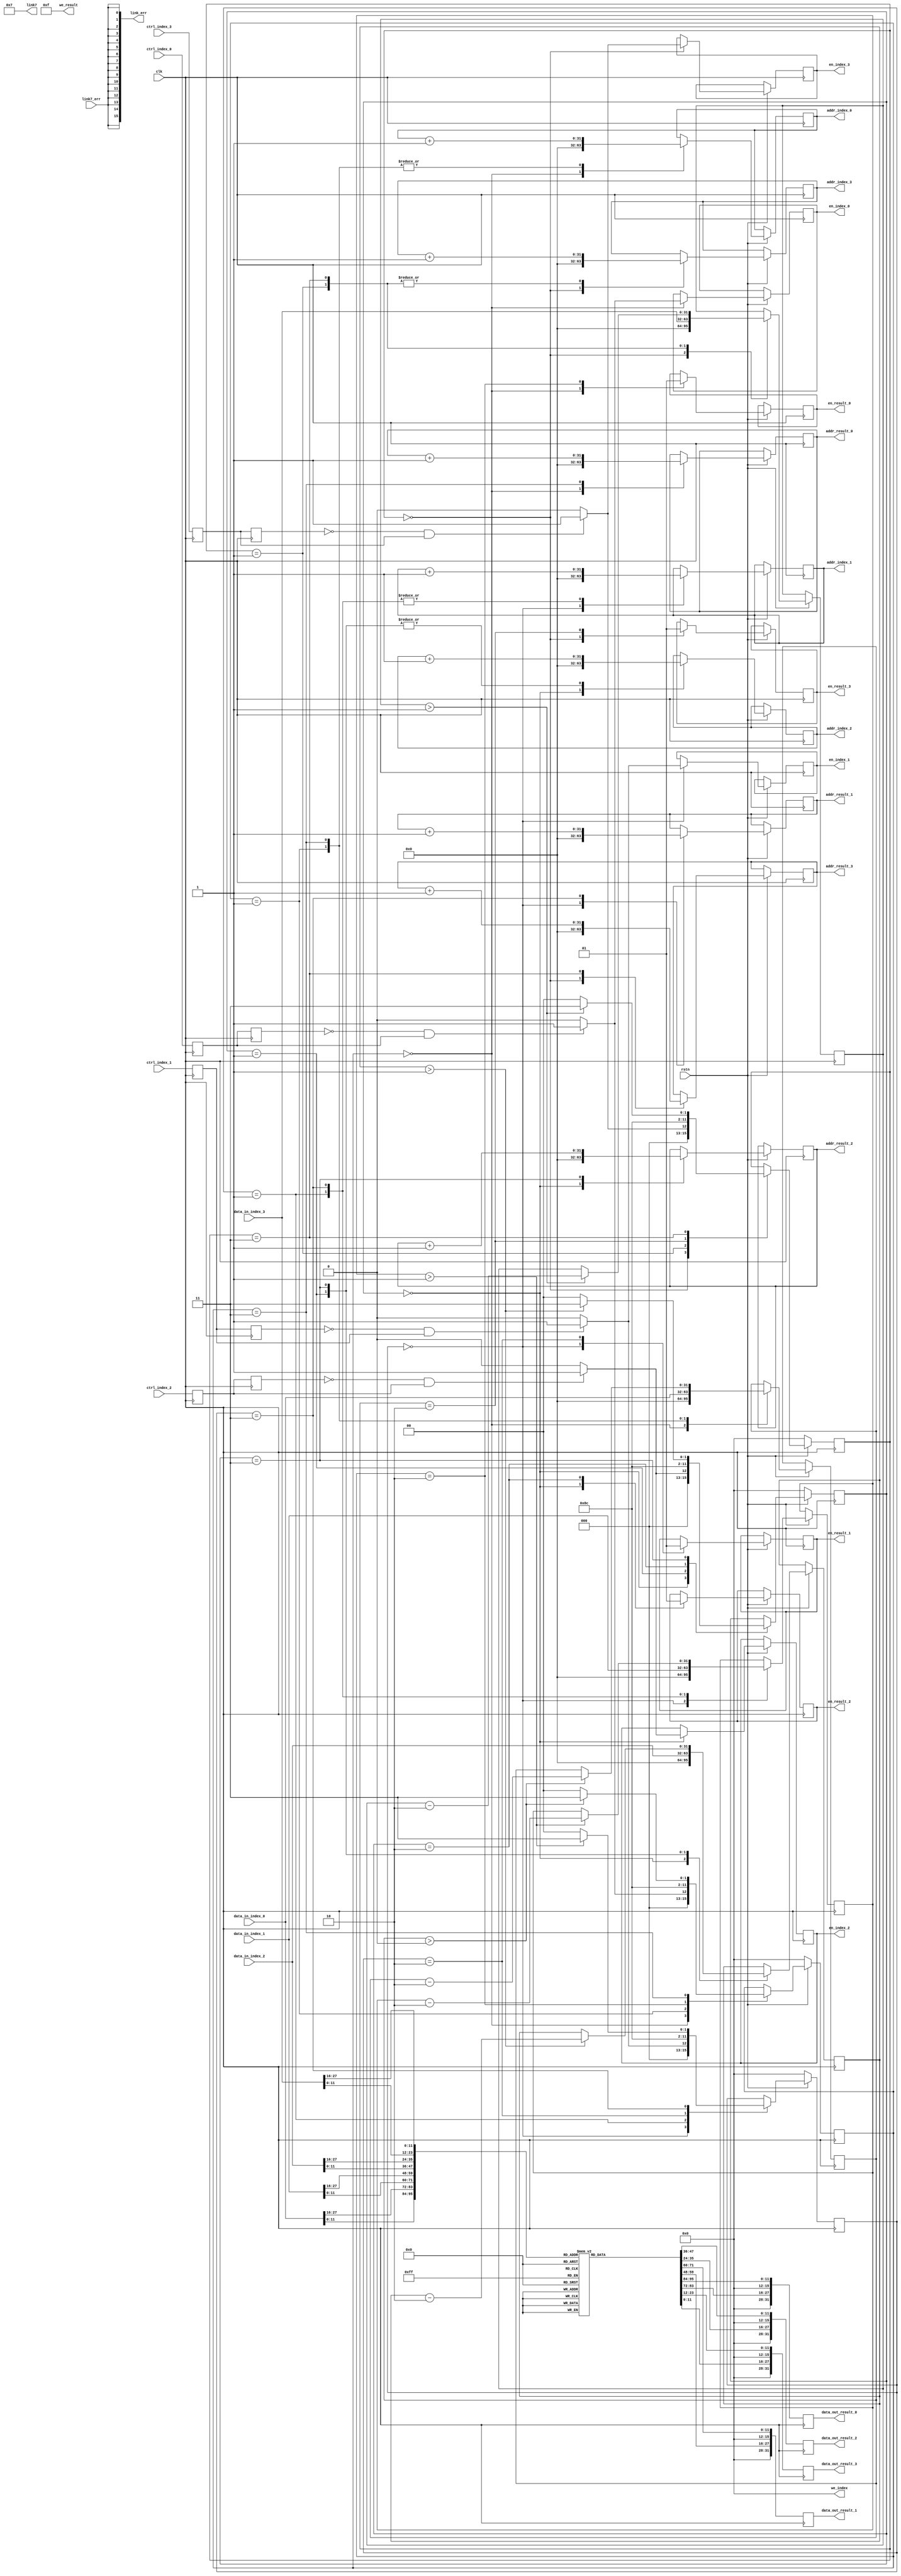
`timescale 1ns / 1ps
//////////////////////////////////////////////////////////////////////////////////
// Company: 
// Engineer: 
// 
// Design Name: 
// Module Name: total_link_ctrl
// Project Name: 
// Target Devices: 
// Tool Versions: 
// Description: 
// 
// Dependencies: 
// 
// Revision:
// Revision 0.01 - File Created
// Additional Comments:
// 
//////////////////////////////////////////////////////////////////////////////////


module total_link_ctrl(
    input clk, rstn,
    
    
    input        link7_err,
//    input [4:0]  link7_channel,
//    input [95:0] link7_data,
    output [3:0] link7,
    
    output [15:0] link_err,
    
    
    input ctrl_index_0, ctrl_index_1, ctrl_index_2, ctrl_index_3,    
 
     
    output [3:0] we_index, we_result,
          
    input [31:0] data_in_index_0,
    output reg en_index_0, 
    output reg [31:0] addr_index_0,
    
    input [31:0] data_in_index_1,
    output reg en_index_1, 
    output reg [31:0] addr_index_1,
    
    input [31:0] data_in_index_2,
    output reg en_index_2, 
    output reg [31:0] addr_index_2,
    
    input [31:0] data_in_index_3,
    output reg en_index_3, 
    output reg [31:0] addr_index_3,
            
            
    output reg [31:0] data_out_result_0,
    output reg en_result_0, 
    output reg [31:0] addr_result_0,
    
    output reg [31:0] data_out_result_1,
    output reg en_result_1, 
    output reg [31:0] addr_result_1,
    
    output reg [31:0] data_out_result_2,
    output reg en_result_2, 
    output reg [31:0] addr_result_2,
    
    output reg [31:0] data_out_result_3,
    output reg en_result_3, 
    output reg [31:0] addr_result_3
    
    );
    
    assign link_err = {16{link7_err}};
    
    assign link7 = 4'd7;
    
    assign we_index = 4'd0;
    assign we_result = 4'hf;
    
    reg [11:0] data_mem [4095:0];
    
    reg trig1_index_0, trig2_index_0;
    reg trig1_index_1, trig2_index_1;
    reg trig1_index_2, trig2_index_2;
    reg trig1_index_3, trig2_index_3; 
    wire start_index_0, start_index_1, start_index_2, start_index_3;
    
    assign start_index_0 = ~trig2_index_0 & trig1_index_0;
    assign start_index_1 = ~trig2_index_1 & trig1_index_1;
    assign start_index_2 = ~trig2_index_2 & trig1_index_2;
    assign start_index_3 = ~trig2_index_3 & trig1_index_3;
    
     (* MARK_DEBUG="true" *) reg [3:0] state_0, state_1, state_2, state_3;
     (* MARK_DEBUG="true" *) reg [31:0] len_index_0, len_index_1, len_index_2, len_index_3;
    
    parameter idel       = 4'b0000,
              len_check  = 4'b0001,
              wd_data    = 4'b0010,
              loop       = 4'b0011;
    
    always @ (posedge clk) begin
//        data_mem [{4'd7, 3'd0, link7_channel}] <= link7_data[11:0];
//        data_mem [{4'd7, 3'd1, link7_channel}] <= link7_data[23:12];
//        data_mem [{4'd7, 3'd2, link7_channel}] <= link7_data[35:24];
//        data_mem [{4'd7, 3'd3, link7_channel}] <= link7_data[47:36];
//        data_mem [{4'd7, 3'd4, link7_channel}] <= link7_data[59:48];
//        data_mem [{4'd7, 3'd5, link7_channel}] <= link7_data[71:60];
//        data_mem [{4'd7, 3'd6, link7_channel}] <= link7_data[83:72];
//        data_mem [{4'd7, 3'd7, link7_channel}] <= link7_data[95:84];
    end
    
    always @ (posedge clk) begin
        trig1_index_0 <= ctrl_index_0;
        trig2_index_0 <= trig1_index_0;
        
        trig1_index_1 <= ctrl_index_1;
        trig2_index_1 <= trig1_index_1;
        
        trig1_index_2 <= ctrl_index_2;
        trig2_index_2 <= trig1_index_2;
        
        trig1_index_3 <= ctrl_index_3;
        trig2_index_3 <= trig1_index_3;
    end
    
    always @ (posedge clk) begin
        data_out_result_0 <= {4'b0000, data_mem[data_in_index_0[31:16]], 4'b0000, data_mem[data_in_index_0[15:0]]};
        if(~rstn) begin
            state_0 <= idel;
        end else begin
            case(state_0)
                idel: begin   
                    len_index_0 <= 12'd0;
                                     
                    addr_index_0 <= 32'd0;
                    
                    en_result_0 <= 1'b0;
                    addr_result_0 <= 32'd0;
                    
                    if(start_index_0) begin
                        en_index_0 <= 1'b1;
                        state_0 <= len_check;
                    end else begin
                        en_index_0 <= 1'b0;
                        state_0 <= idel;    
                    end                
                end
                
                len_check: begin
                    len_index_0 <= data_in_index_0;
                    addr_index_0 <= addr_index_0 + 1'b1;
                    state_0 <= wd_data;
                end
  
                wd_data: begin
                    en_result_0 <= 1'b1;
                    state_0 <= loop;
                end
                
                loop: begin                    
                    addr_index_0 <= addr_index_0 + 1'b1;
                    addr_result_0 <= addr_result_0 + 1'b1;
                    if(len_index_0 > 0) begin
                        len_index_0 <= len_index_0 - 2;
                        state_0 <= loop;
                    end else begin
                        len_index_0 <= len_index_0;
                        state_0 <= idel;
                    end                    
                end                               
            endcase
        end    
    end
    
    always @ (posedge clk) begin
        data_out_result_1 <= {4'b0000, data_mem[data_in_index_1[31:16]], 4'b0000, data_mem[data_in_index_1[15:0]]};
        if(~rstn) begin
            state_1 <= idel;
        end else begin
            case(state_1)
                idel: begin   
                    len_index_1 <= 12'd0;
                                     
                    addr_index_1 <= 32'd0;
                    
                    en_result_1 <= 1'b0;
                    addr_result_1 <= 32'd0;
                    
                    if(start_index_1) begin
                        en_index_1 <= 1'b1;
                        state_1 <= len_check;
                    end else begin
                        en_index_1 <= 1'b0;
                        state_1 <= idel;    
                    end                
                end
                
                len_check: begin
                    len_index_1 <= data_in_index_1;
                    addr_index_1 <= addr_index_1 + 1'b1;
                    state_1 <= wd_data;
                end
  
                wd_data: begin
                    en_result_1 <= 1'b1;
                    state_1 <= loop;
                end
                
                loop: begin                    
                    addr_index_1 <= addr_index_1 + 1'b1;
                    addr_result_1 <= addr_result_1 + 1'b1;
                    if(len_index_1 > 1) begin
                        len_index_1 <= len_index_1 - 2;
                        state_1 <= loop;
                    end else begin
                        len_index_1 <= len_index_1;
                        state_1 <= idel;
                    end                    
                end   
            endcase
        end    
    end
    
    always @ (posedge clk) begin
        data_out_result_2 <= {4'b0000, data_mem[data_in_index_2[31:16]], 4'b0000, data_mem[data_in_index_2[15:0]]};
        if(~rstn) begin
            state_2 <= idel;
        end else begin
            case(state_2)
                idel: begin   
                    len_index_2 <= 12'd0;
                                     
                    addr_index_2 <= 32'd0;
                    
                    en_result_2 <= 1'b0;
                    addr_result_2 <= 32'd0;
                    
                    if(start_index_2) begin
                        en_index_2 <= 1'b1;
                        state_2 <= len_check;
                    end else begin
                        en_index_2 <= 1'b0;
                        state_2 <= idel;    
                    end                
                end
                
                len_check: begin
                    len_index_2 <= data_in_index_2;
                    addr_index_2 <= addr_index_2 + 1'b1;
                    state_2 <= wd_data;
                end
  
                wd_data: begin
                    en_result_2 <= 1'b1;
                    state_2 <= loop;
                end
                
                loop: begin                    
                    addr_index_2 <= addr_index_2 + 1'b1;
                    addr_result_2 <= addr_result_2 + 1'b1;
                    if(len_index_2 > 1) begin
                        len_index_2 <= len_index_2 - 2;
                        state_2 <= loop;
                    end else begin
                        len_index_2 <= len_index_2;
                        state_2 <= idel;
                    end                    
                end   
            endcase
        end    
    end
    
    always @ (posedge clk) begin
        data_out_result_3 <= {4'b0000, data_mem[data_in_index_3[31:16]], 4'b0000, data_mem[data_in_index_3[15:0]]};
        if(~rstn) begin
            state_3 <= idel;
        end else begin
            case(state_3)
                idel: begin   
                    len_index_3 <= 12'd0;
                                     
                    addr_index_3 <= 32'd0;
                    
                    en_result_3 <= 1'b0;
                    addr_result_3 <= 32'd0;
                    
                    if(start_index_3) begin
                        en_index_3 <= 1'b1;
                        state_3 <= len_check;
                    end else begin
                        en_index_3 <= 1'b0;
                        state_3 <= idel;    
                    end                
                end
                
                len_check: begin
                    len_index_3 <= data_in_index_3;
                    addr_index_3 <= addr_index_3 + 1'b1;
                    state_3 <= wd_data;
                end
  
                wd_data: begin
                    en_result_3 <= 1'b1;
                    state_3 <= loop;
                end
                
                loop: begin                    
                    addr_index_3 <= addr_index_3 + 1'b1;
                    addr_result_3 <= addr_result_3 + 1'b1;
                    if(len_index_3 > 1) begin
                        len_index_3 <= len_index_3 - 2;
                        state_3 <= loop;
                    end else begin
                        len_index_3 <= len_index_3;
                        state_3 <= idel;
                    end                    
                end   
            endcase
        end    
    end
    
    
endmodule